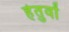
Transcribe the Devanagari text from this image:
हेतुवों